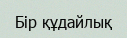
Бiр құдайлық